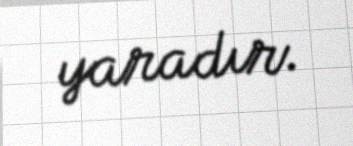
yaradır.